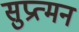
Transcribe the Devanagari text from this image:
सुप्रत्मन